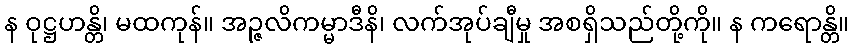
န ဝုဋ္ဌဟန္တိ၊ မထကုန်။ အဉ္ဇလိကမ္မာဒီနိ၊ လက်အုပ်ချီမှု အစရှိသည်တို့ကို။ န ကရောန္တိ။